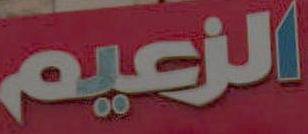
الزعيم